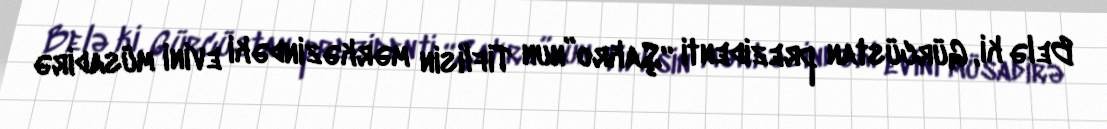
Belə ki, Gürcüstan prezidenti “Şakro”nun Tiflisin mərkəzindəki evini müsadirə